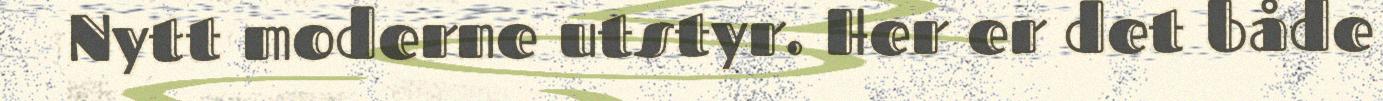
Nytt moderne utstyr. Her er det både